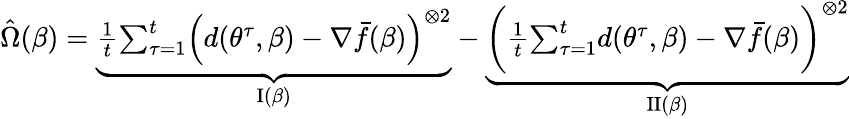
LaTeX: \begin{array}{r}{\hat{\Omega}(\beta)=\underbrace{\frac 1t{\sum_{\tau=1}^{t}}\Big(d({\theta^{\tau}},\beta)-\nabla{\bar{f}}(\beta)\Big)^{\otimes 2}}_{{\mathrm{{I}}}(\beta)}-\underbrace{\bigg(\frac 1t{\sum_{\tau=1}^{t}}d({\theta^{\tau}},\beta)-\nabla{\bar{f}}(\beta)\bigg)^{\otimes 2}}_{{\mathrm{{II}}}(\beta)}}\end{array}